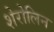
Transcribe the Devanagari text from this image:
शेरोलिन